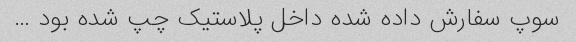
سوپ سفارش داده شده داخل پلاستیک چپ شده بود …